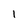
Character: I